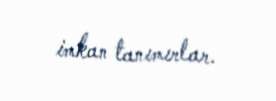
imkan tanımırlar.